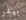
بيفر